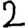
Digit: 2